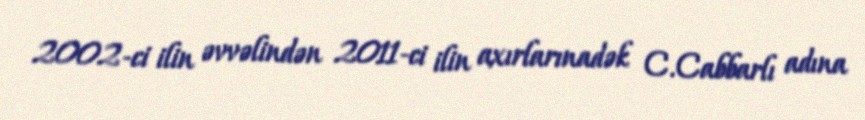
2002-ci ilin əvvəlindən 2011-ci ilin axırlarınadək C.Cabbarlı adına